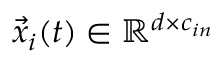
\vec { x } _ { i } ( t ) \in \mathbb { R } ^ { d \times c _ { i n } }